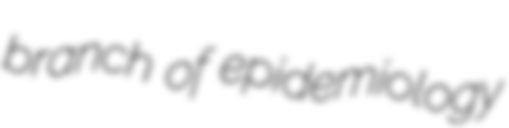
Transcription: branch of epidemiology